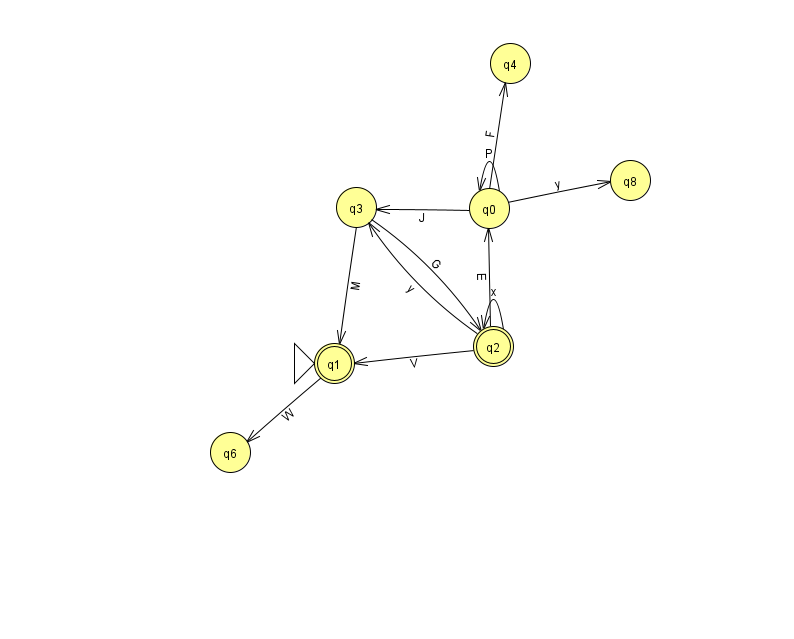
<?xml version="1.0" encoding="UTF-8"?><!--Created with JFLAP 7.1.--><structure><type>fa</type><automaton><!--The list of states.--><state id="0" name="q0"><x>489.0</x><y>195.0</y></state><state id="1" name="q1"><x>334.0</x><y>350.0</y><initial/><final/></state><state id="2" name="q2"><x>493.0</x><y>333.0</y><final/></state><state id="3" name="q3"><x>356.0</x><y>194.0</y></state><state id="4" name="q4"><x>510.0</x><y>50.0</y></state><state id="6" name="q6"><x>230.0</x><y>439.0</y></state><state id="8" name="q8"><x>630.0</x><y>167.0</y></state><!--The list of transitions.--><transition><from>0</from><to>0</to><read>P</read></transition><transition><from>2</from><to>0</to><read>E</read></transition><transition><from>2</from><to>1</to><read>V</read></transition><transition><from>3</from><to>2</to><read>G</read></transition><transition><from>0</from><to>4</to><read>F</read></transition><transition><from>0</from><to>8</to><read>y</read></transition><transition><from>2</from><to>2</to><read>x</read></transition><transition><from>3</from><to>1</to><read>M</read></transition><transition><from>1</from><to>6</to><read>W</read></transition><transition><from>2</from><to>3</to><read>y</read></transition><transition><from>0</from><to>3</to><read>J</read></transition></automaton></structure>